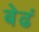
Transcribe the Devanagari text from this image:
बेढं